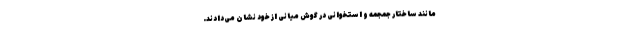
مانند ساختار جمجمه و استخوانی در گوش میانی از خود نشان می‌دادند.